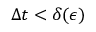
\Delta t < \delta ( \epsilon )